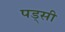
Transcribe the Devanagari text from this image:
पड्सी